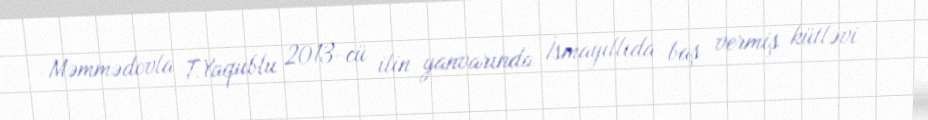
Məmmədovla T.Yaqublu 2013-cü ilin yanvarında İsmayıllıda baş vermiş kütləvi